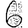
Digit: 6